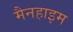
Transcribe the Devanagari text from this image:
मैनहाइम